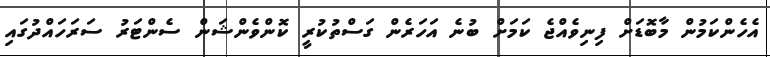
އެހެންކަމުން މާބޮޑަށް ފިނިވެއްޖެ ކަމަށް ބުނެ އަހަރެން ގަސްތުކުރީ ކޮންވެންޝަން ސެންޓަރު ސަރަހައްދުގައި